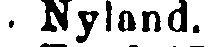
. Nyland.